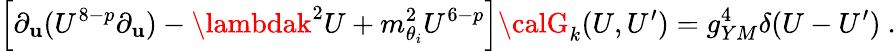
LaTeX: \left[\partial_{\mathbf{u}}(U^{8-p}\partial_{\mathbf{u}})-\lambdak^{2}U+m_{\theta_{i}}^{2}U^{6-p}\right]{\calG}_{k}(U,U^{\prime})=g_{YM}^{4}\delta(U-U^{\prime})~.